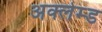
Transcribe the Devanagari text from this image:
अक्लेम्ड